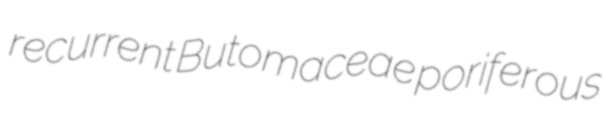
recurrent Butomaceae poriferous